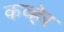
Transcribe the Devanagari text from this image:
कव्हेर